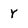
Character: y